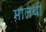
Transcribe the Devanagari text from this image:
मालथी